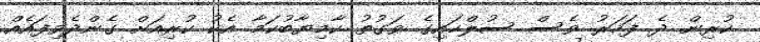
ކުރިން ދެ ފަހަރު ވެސް ސުލްހައިގެ ވަގުތު ކާމިޔާބުކަމާ އެކު ކުރިއަށް ގެންދެވިފައެއް